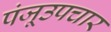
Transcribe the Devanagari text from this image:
पंजूउपचार